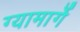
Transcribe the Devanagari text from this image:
ग्यामार्गे